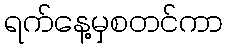
ရက်နေ့မှစတင်ကာ